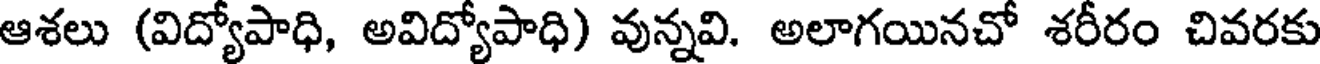
ఆశలు (విద్యోపాధి, అవిద్యోపాధి) వున్నవి. అలాగయినచో శరీరం చివరకు